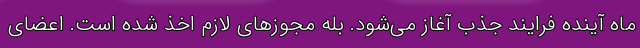
ماه آینده فرایند جذب آغاز می‌شود. بله مجوزهای لازم اخذ شده است. اعضای